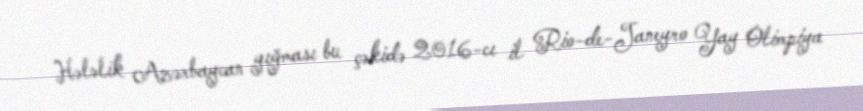
Hələlik Azərbaycan yığması bu çəkidə 2016-cı il Rio-de-Janeyro Yay Olimpiya